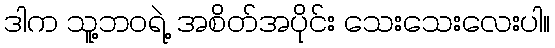
ဒါက သူ့ဘဝရဲ့ အစိတ်အပိုင်း သေးသေးလေးပါ။